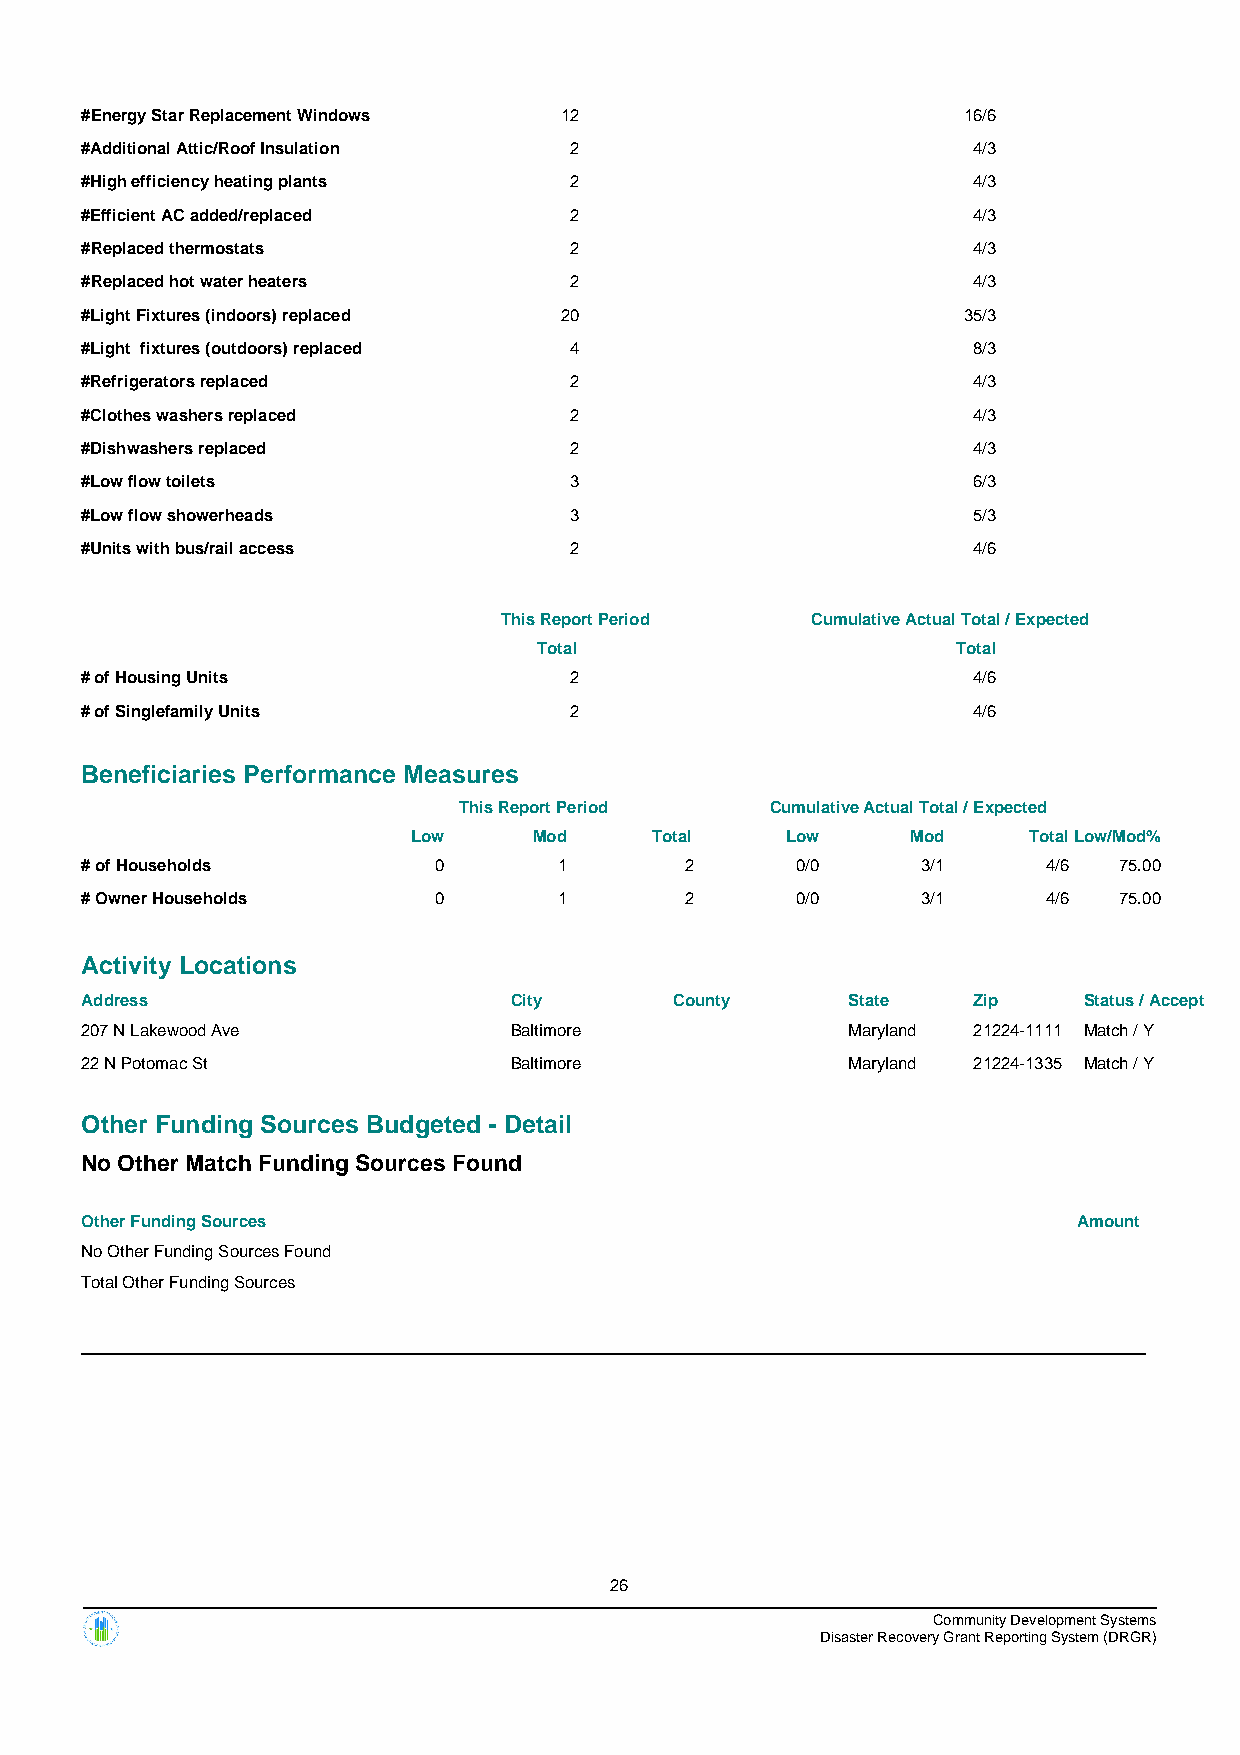
#Energy Star Replacement Windows 12                        16/6
 #Additional Attic/Roof Insulation 2                        4/3
 #High efficiency heating plants  2                         4/3
 #Efficient AC added/replaced     2                         4/3
 #Replaced thermostats            2                         4/3
 #Replaced hot water heaters      2                         4/3
 #Light Fixtures (indoors) replaced 20                      35/3
 #Light fixtures (outdoors) replaced 4                      8/3
 #Refrigerators replaced          2                         4/3
 #Clothes washers replaced        2                         4/3
 #Dishwashers replaced            2                         4/3
 #Low flow toilets                3                         6/3
 #Low flow showerheads            3                         5/3
 #Units with bus/rail access      2                         4/6
 This Report Period   Cumulative Actual Total / Expected
 Total                      Total
 # of Housing Units               2                         4/6
 # of Singlefamily Units          2                         4/6
 Beneficiaries Performance Measures
 This Report Period   Cumulative Actual Total / Expected
 Low     Mod     Total    Low     Mod     TotalLow/Mod%
 # of Households         0       1       2       0/0     3/1     4/6  75.00
 # Owner Households      0       1       2       0/0     3/1     4/6  75.00
 Activity Locations
 Address                      City       County     State   Zip     Status / Accept
 207 N Lakewood Ave           Baltimore             Maryland 21224-1111 Match / Y
 22 N Potomac St              Baltimore             Maryland 21224-1335 Match / Y
 Other Funding Sources Budgeted - Detail
 No Other Match Funding Sources Found
 Other Funding Sources                                             Amount
 No Other Funding Sources Found
 Total Other Funding Sources
 26
 Community Development Systems
 Disaster Recovery Grant Reporting System (DRGR)